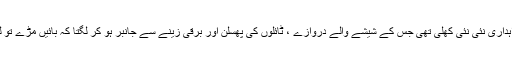
ان دنوں پرل کانٹیننٹل لاہور میں وہ لمبی استقبالیہ راہداری نئی نئی کھلی تھی جس کے شیشے والے دروازے ، ٹائلوں کی پھسلن اور برقی زینے سے جانبر ہو کر لگتا کہ بائیں مڑے تو لندن کی ہائی اسٹریٹ کنسنگٹن میں پہنچ جائیں گے ۔